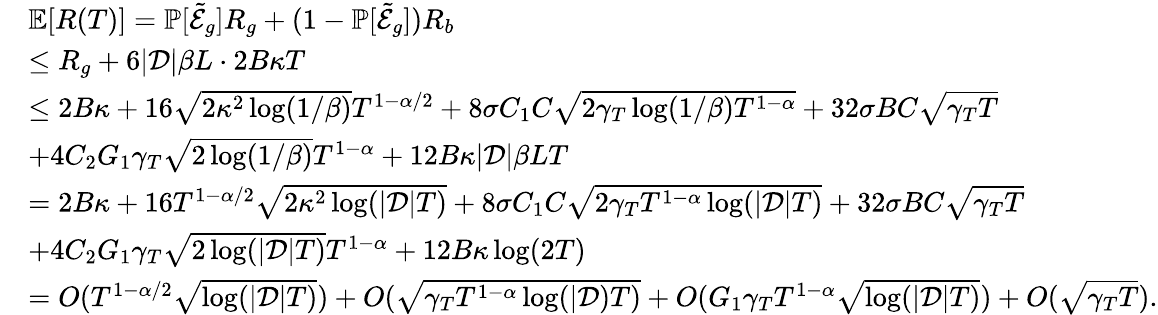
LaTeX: \begin{array}{rl}&{\mathbb{E}[R(T)]=\mathbb{P}[\tilde{\mathcal{E}}_{g}]R_{g}+(1-\mathbb{P}[\tilde{\mathcal{E}}_{g}])R_{b}}\\ &{\leq R_{g}+6|\mathcal{D}|\beta L\cdot 2B\kappa T}\\ &{\leq 2B\kappa+16\sqrt{2\kappa^{2}\log(1/\beta)}T^{1-\alpha/2}+8\sigma C_{1}C\sqrt{2\gamma_{T}\log(1/\beta)T^{1-\alpha}}+32\sigma BC\sqrt{\gamma_{T}T}}\\ &{+4C_{2}G_{1}\gamma_{T}\sqrt{2\log(1/\beta)}T^{1-\alpha}+12B\kappa|\mathcal{D}|\beta LT}\\ &{=2B\kappa+16T^{1-\alpha/2}\sqrt{2\kappa^{2}\log(|\mathcal{D}|T)}+8\sigma C_{1}C\sqrt{2\gamma_{T}T^{1-\alpha}\log(|\mathcal{D}|T)}+32\sigma BC\sqrt{\gamma_{T}T}}\\ &{+4C_{2}G_{1}\gamma_{T}\sqrt{2\log(|\mathcal{D}|T)}T^{1-\alpha}+12B\kappa\log(2T)}\\ &{=O(T^{1-\alpha/2}\sqrt{\log(|\mathcal{D}|T)})+O(\sqrt{\gamma_{T}T^{1-\alpha}\log(|\mathcal{D})T)}+O(G_{1}\gamma_{T}T^{1-\alpha}\sqrt{\log(|\mathcal{D}|T)})+O(\sqrt{\gamma_{T}T}).}\end{array}